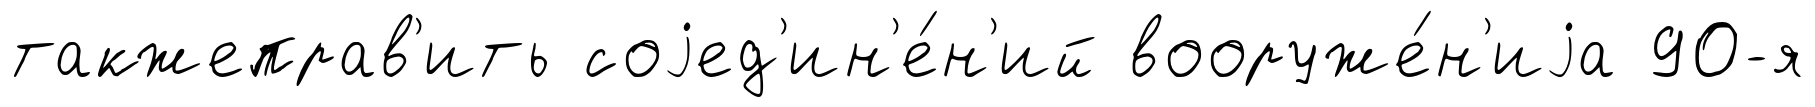
такжеправ'ить соjед'ин'е́н'ий вооруже́н'иjа 90-я